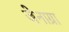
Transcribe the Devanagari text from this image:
जेनाग्रा